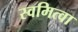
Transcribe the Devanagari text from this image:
स्वमित्वा